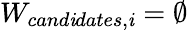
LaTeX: W_{cand\mathit{i}dates,\mathit{i}}={\emptyset}